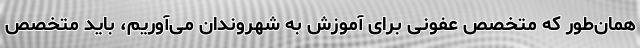
همان‌طور که متخصص عفونی برای آموزش به شهروندان می‌آوریم، باید متخصص